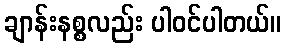
ချာန်းနစ္စလည်း ပါဝင်ပါတယ်။